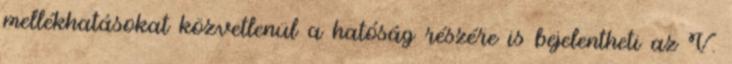
mellékhatásokat közvetlenül a hatóság részére is bejelentheti az V.